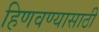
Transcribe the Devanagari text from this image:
हिणवण्यासाठी